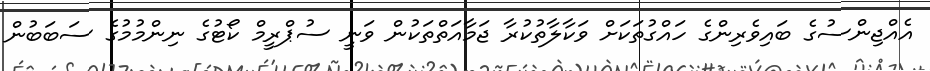
އެއްޖިންސުގެ ބައިވެރިންގެ ހައްގުތަކަށް ވަކާލާތުކުރާ ޖަމާއަތްތަކުން ވަނީ ސުޕްރީމް ކޯޓުގެ ނިންމުމުގެ ސަބަބުން